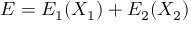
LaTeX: E = E _ { 1 } ( X _ { 1 } ) + E _ { 2 } ( X _ { 2 } )